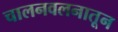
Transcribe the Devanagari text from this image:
चालनवलनातून